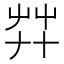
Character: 𦬧